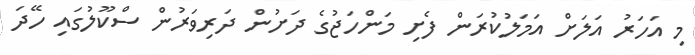
މި އަހަރު އަލަށް އަމަލުކުރަން ފެށި މަންހަޖުގެ ދަށުން ދަރިވަރުން ސްކޫލުގައި ހޭދަ